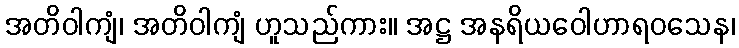
အတိဝါကျံ၊ အတိဝါကျံ ဟူသည်ကား။ အဋ္ဌ အနရိယဝေါဟာရဝသေန၊